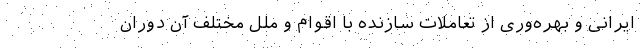
ایرانی و بهره‌وری از تعاملات سازنده با اقوام و ملل مختلف آن دوران